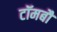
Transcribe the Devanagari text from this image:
टॉमबौ